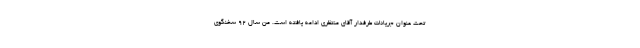
تحت عنوان جریانات طرفدار آقای منتظری ادامه یافته است. من سال ۹۲ سخنگوی